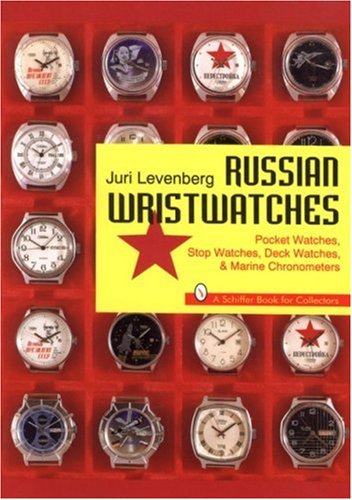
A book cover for Russian Wristwatches: Pocket Watches, Stop Watches, Onboard Clock & Chronometers (Schiffer Book for Collectors); Juri Levenberg; Crafts, Hobbies & Home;